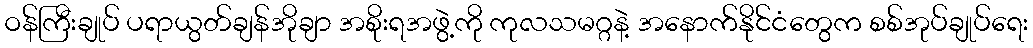
ဝန်ကြီးချုပ် ပရာယွတ်ချန်အိုချာ အစိုးရအဖွဲ့ကို ကုလသမဂ္ဂနဲ့ အနောက်နိုင်ငံတွေက စစ်အုပ်ချုပ်ရေး